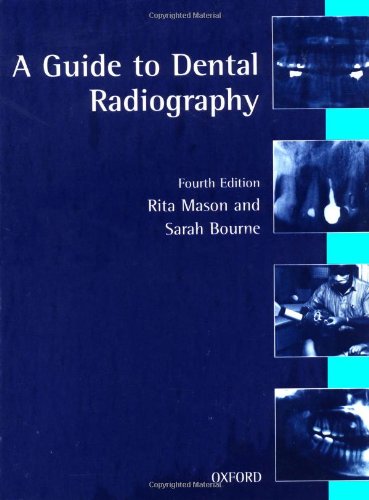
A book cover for A Guide to Dental Radiography (Oxford Medical Publications); Rita A. Mason; Medical Books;